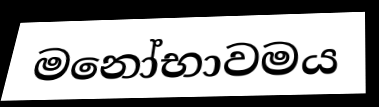
මනෝභාවමය